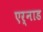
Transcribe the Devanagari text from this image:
एर्नाड